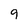
Character: 9